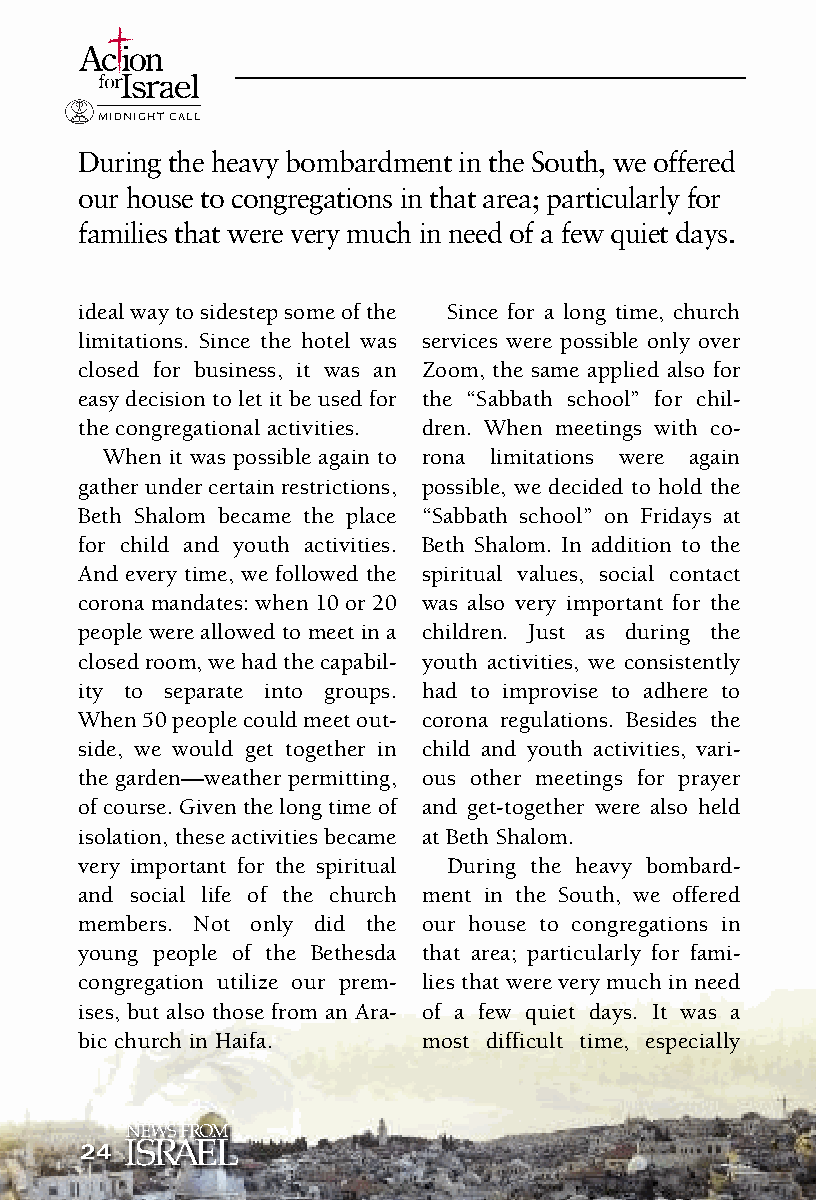
I srael
 MIDNIGHT CALL
 During the heavy bombardment in the South, we offered
 our house to congregations in that area; particularly for
 families that were very much in need of a few quiet days.
 ideal way to sidestep some of the Since for a long time, church
 limitations. Since the hotel was services were possible only over
 closed for business, it was an Zoom, the same applied also for
 easy decision to let it be used for the “Sabbath school” for chil-
 the congregational activities. dren. When meetings with co-
 When it was possible again to rona limitations were again
 gather under certain restrictions, possible, we decided to hold the
 Beth Shalom became the place “Sabbath school” on Fridays at
 for child and youth activities. Beth Shalom. In addition to the
 And every time, we followed the spiritual values, social contact
 corona mandates: when 10 or 20 was also very important for the
 people were allowed to meet in a children. Just as during the
 closed room, we had the capabil- youth activities, we consistently
 ity to separate into groups. had to improvise to adhere to
 When 50 people could meet out- corona regulations. Besides the
 side, we would get together in child and youth activities, vari-
 the garden—weather permitting, ous other meetings for prayer
 of course. Given the long time of and get-together were also held
 isolation, these activities became at Beth Shalom.
 very important for the spiritual During the heavy bombard-
 and social life of the church ment in the South, we offered
 members. Not only did the our house to congregations in
 young people of the Bethesda that area; particularly for fami-
 congregation utilize our prem- lies that were very much in need
 ises, but also those from an Ara- of a few quiet days. It was a
 bic church in Haifa.   most difficult time, especially
 24